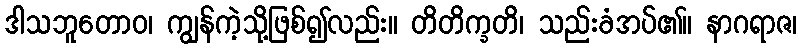
ဒါသဘူတောဝ၊ ကျွန်ကဲ့သို့ဖြစ်၍လည်း။ တိတိက္ခတိ၊ သည်းခံအပ်၏။ နာဂရာဇ၊